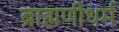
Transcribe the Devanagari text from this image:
ब्राह्मणीधर्म